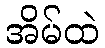
အိမ်ထဲ